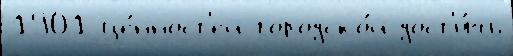
1901 це́нност'ей городско́й дост'и́чь